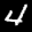
Label: 4